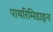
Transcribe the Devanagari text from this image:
पायरिमिडाइन